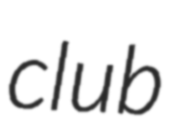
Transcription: club